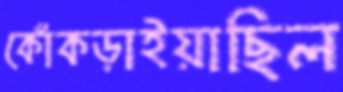
কোঁকড়াইয়াছিল